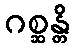
ဂစ္ဆန္တိ